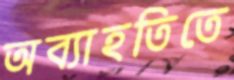
অব্যাহতিতে